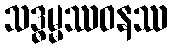
သဒ္ဓမ္မဿဝနဿ